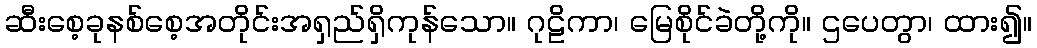
ဆီးစေ့ခုနစ်စေ့အတိုင်းအရှည်ရှိကုန်သော။ ဂုဠိကာ၊ မြေစိုင်ခဲတို့ကို။ ဌပေတွာ၊ ထား၍။